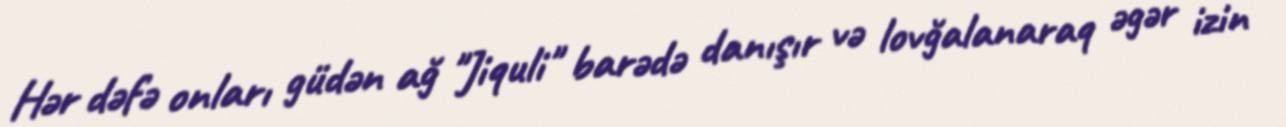
Hər dəfə onları güdən ağ "Jiquli" barədə danışır və lovğalanaraq əgər izin